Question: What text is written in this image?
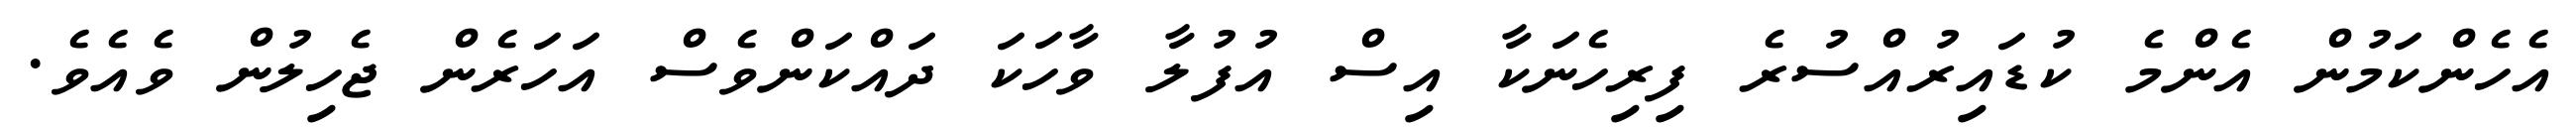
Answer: އެހެންކަމުން އެންމެ ކުޑައިރުއްސުރެ ފިރިހެނަކާ އިސް އުފުލާ ވާހަކަ ދައްކަންވެސް އަހަރެން ޖެހިލުން ވެއެވެ.